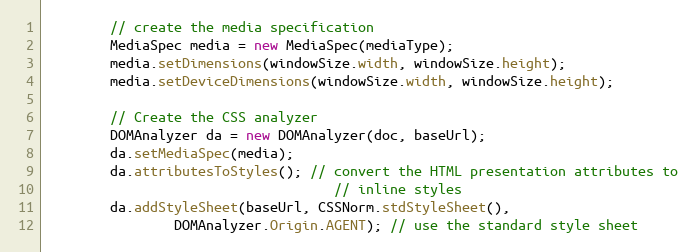
Language: Java
		// create the media specification
		MediaSpec media = new MediaSpec(mediaType);
		media.setDimensions(windowSize.width, windowSize.height);
		media.setDeviceDimensions(windowSize.width, windowSize.height);

		// Create the CSS analyzer
		DOMAnalyzer da = new DOMAnalyzer(doc, baseUrl);
		da.setMediaSpec(media);
		da.attributesToStyles(); // convert the HTML presentation attributes to
									// inline styles
		da.addStyleSheet(baseUrl, CSSNorm.stdStyleSheet(),
				DOMAnalyzer.Origin.AGENT); // use the standard style sheet